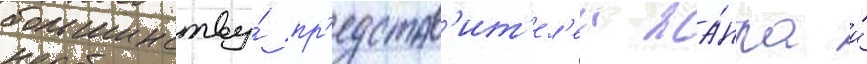
большинству́ пр'едстав'ит'ел'еи жа́нра и́